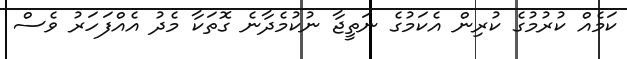
ކަމެއް ކުރުމުގެ ކުރިން އެކަމުގެ ނަތީޖާ ނުކުމެދާނެ ގޮތަކާ މެދު އެއްފަހަރު ވެސް